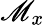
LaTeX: \mathscr{M}_{x}